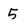
Character: 5